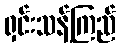
ရှင်းသန့်ကြည်